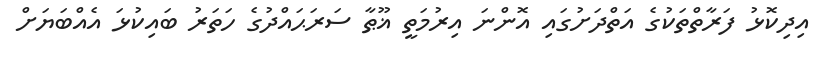
އިދިކޮޅު ފަރާތްތަކުގެ އަތްދަށުގައި އޮންނަ އިރުމަތީ ޣޫޠާ ސަރަޙައްދުގެ ހަތަރު ބައިކުޅަ އެއްބަޔަށް